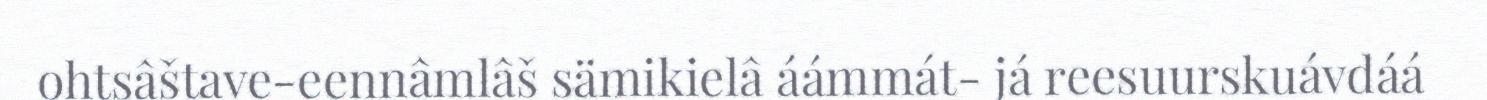
ohtsâštave-eennâmlâš sämikielâ áámmát- já reesuurskuávdáá